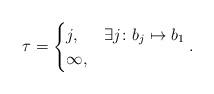
LaTeX: \begin{align*}\tau = \begin{cases} j, & \exists j \colon b_j \mapsto b_1 \\ \infty, & \end{cases}. \end{align*}